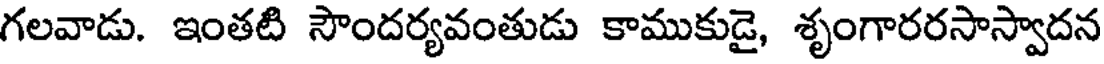
గలవాడు. ఇంతటి సౌందర్యవంతుడు కాముకుడై, శృంగారరసాస్వాదన